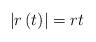
LaTeX: \begin{align*}\left\vert r\left( t\right) \right\vert =rt\end{align*}